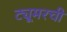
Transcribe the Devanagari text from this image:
ट्यूमरची